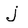
Character: j